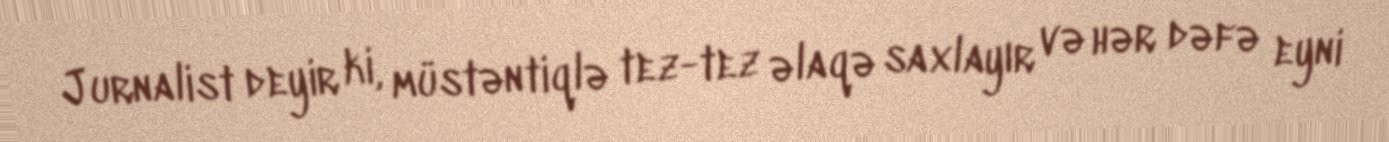
Jurnalist deyir ki, müstəntiqlə tez-tez əlaqə saxlayır və hər dəfə eyni